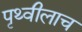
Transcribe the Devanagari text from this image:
पृथ्वीलाच